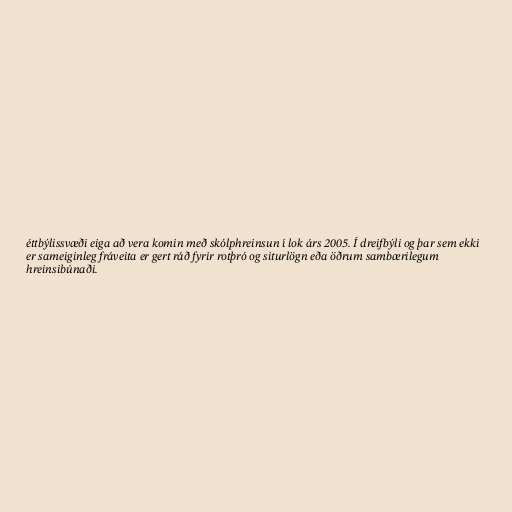
éttbýlissvæði eiga að vera komin með skólphreinsun í lok árs 2005. Í dreifbýli og þar sem ekki
er sameiginleg fráveita er gert ráð fyrir rotþró og siturlögn eða öðrum sambærilegum
hreinsibúnaði.